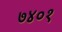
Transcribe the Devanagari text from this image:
७४०१